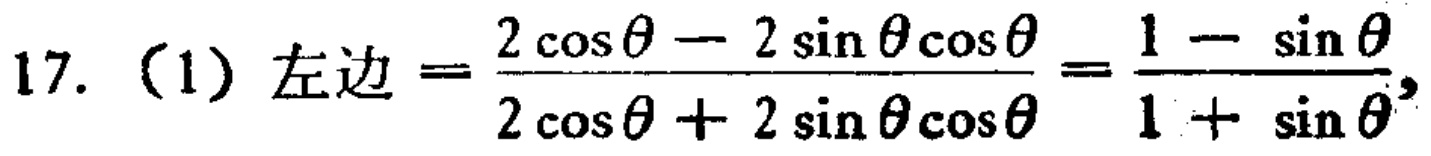
17. (1) 左边 \(=\frac{2\cos\theta - 2\sin\theta\cos\theta}{2\cos\theta + 2\sin\theta\cos\theta}=\frac{1 - \sin\theta}{1 + \sin\theta}\)